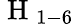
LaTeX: \mathrm{~H~}_{1-6}